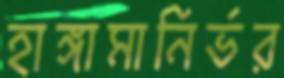
হাঙ্গামানির্ভর